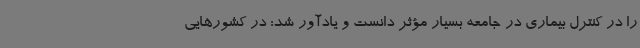
را در کنترل بیماری در جامعه بسیار مؤثر دانست و یادآور شد: در کشورهایی